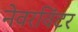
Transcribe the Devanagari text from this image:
नेवरविंटर